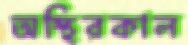
অস্থিরকাল